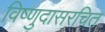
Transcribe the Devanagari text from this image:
विष्णुदासरचित